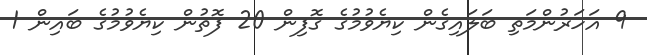
9 އަހަރުންމަތި ބަލައިގެން ކިޔެވުމުގެ ގޮފިން 20 ފޮތުން ކިޔެވުމުގެ ބައިން 1